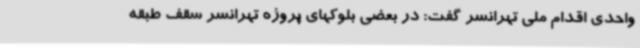
واحدی اقدام ملی تهرانسر گفت: در بعضی بلوکهای پروژه تهرانسر سقف طبقه